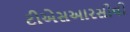
ટીએસઆરસીવી